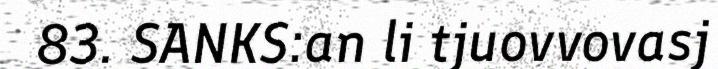
83. SANKS:an li tjuovvovasj